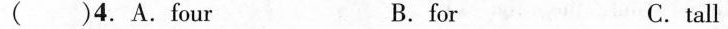
( )4. A.four B. for C.tall